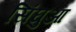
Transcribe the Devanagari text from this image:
सिंघुआ